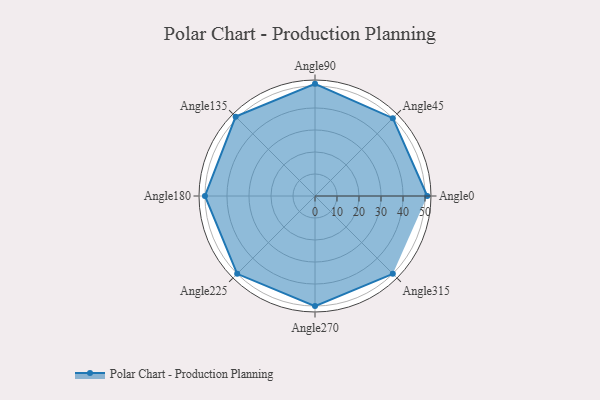
{"axis": {"x": "Angle", "y": "Radius"}, "legend": [""], "data": [{"x": "Angle0", "y": 51.0, "type": ""}, {"x": "Angle45", "y": 50, "type": ""}, {"x": "Angle90", "y": 51.0, "type": ""}, {"x": "Angle135", "y": 51.0, "type": ""}, {"x": "Angle180", "y": 50, "type": ""}, {"x": "Angle225", "y": 50, "type": ""}, {"x": "Angle270", "y": 50, "type": ""}, {"x": "Angle315", "y": 50, "type": ""}]}